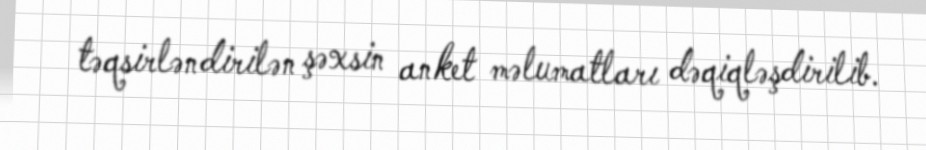
təqsirləndirilən şəxsin anket məlumatları dəqiqləşdirilib.